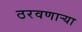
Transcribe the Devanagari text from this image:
ठरवणाऱ्या